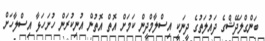
ބަންގްލަދޭޝްގެ ދައުލަތުގެ ދީނަކީ އިސްލާމްދީން ކަމަށް އޮތް އޮތުން އުނިކުރަން ހުށަހަޅާ އިސްލާހަށް